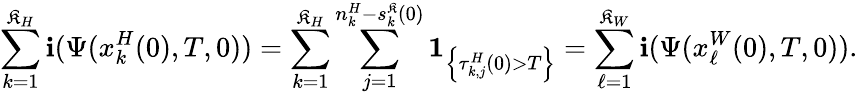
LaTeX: \sum_{k=1}^{\mathfrak{K}_{H}}\mathbf{{i}}(\Psi(x_{k}^{H}(0),T,0))=\sum_{k=1}^{\mathfrak{K}_{H}}\sum_{j=1}^{n_{k}^{H}-s_{k}^{\mathfrak{K}}(0)}\mathbf{{1}}_{\left\{ \tau_{k,j}^{H}(0)>T\right\} }=\sum_{\ell=1}^{\mathfrak{K}_{W}}\mathbf{{i}}(\Psi(x_{\ell}^{W}(0),T,0)).